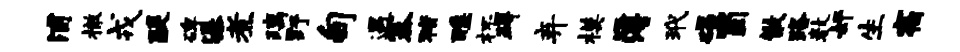
浦撤戎醍碑瀑煮璃野甸遇塞猪醮杯碍弃模簿玳碣蜀散路数奸生宿